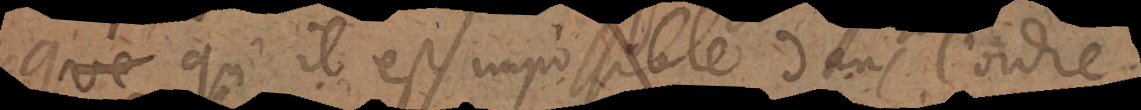
qu’il est impossible dans l’ordre